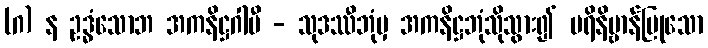
(ဂ) န ဥဒ္ဓံသောဘ အကနိဋ္ဌဂါမီ - သုဒဿီဘုံမှ အကနိဋ္ဌဘုံသိုသွား၍ ပရိနိဗ္ဗာန်ပြုသော